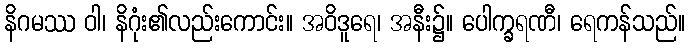
နိဂမဿ ဝါ၊ နိဂုံး၏လည်းကောင်း။ အဝိဒူရေ၊ အနီး၌။ ပေါက္ခရဏီ၊ ရေကန်သည်။